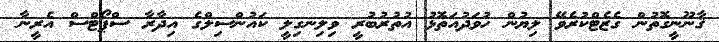
ޤާނޫނީގޮތުން ގެޒެޓްކުރެވޭ ލިޔުން ހުވަދުއަތޮޅު އުތުރުބުރީ ވިލިނގިލީ ކައުންސިލްގެ އިދާރާ ސްޕޯޓްސް އެރީނާ